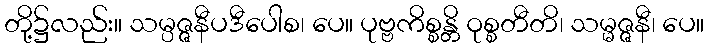
တို့၌လည်း။ သမ္ပဇ္ဇနီပဒီပေါစ၊ ပေ။ ပုဗ္ဗကိစ္စန္တိ ဝုစ္စတီတိ၊ သမ္မဇ္ဇနီ၊ ပေ။